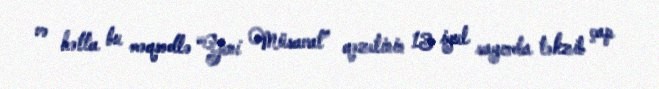
və hətta bu məqsədlə “Yeni Müsavat” qəzetinin 13 iyul sayında təkzib çap